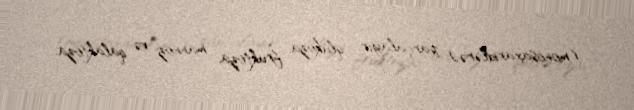
(monosaxaridlərə) parçalayır: qlükoza, fruktoza, mannoz və qalaktoza.